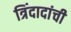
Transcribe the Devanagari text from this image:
त्रिंदादांची